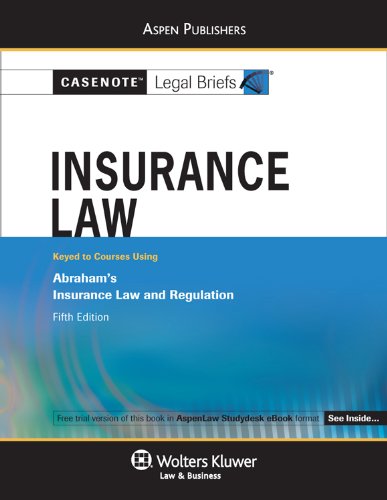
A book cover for Insurance Law: Abraham 5e (Casenotes Legal Briefs); Casenotes; Law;